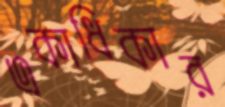
একাধিকার